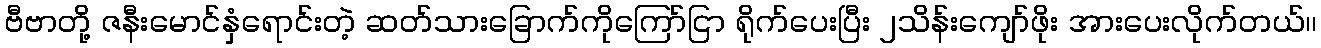
ဗီဗာတို့ ဇနီးမောင်နှံရောင်းတဲ့ ဆတ်သားခြောက်ကိုကြော်ငြာ ရိုက်ပေးပြီး ၂သိန်းကျော်ဖိုး အားပေးလိုက်တယ်၊၊